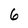
Character: 6